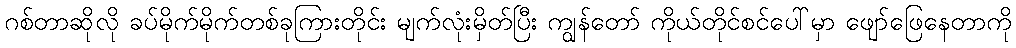
ဂစ်တာဆိုလို ခပ်မိုက်မိုက်တစ်ခုကြားတိုင်း မျက်လုံးမှိတ်ပြီး ကျွန်တော် ကိုယ်တိုင်စင်ပေါ်မှာ ဖျော်ဖြေနေတာကို